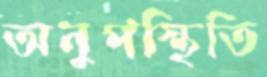
অনুপস্থিতি